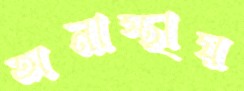
অনাস্থায়